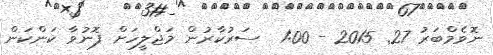
ނޮވެމްބަރު 27